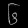
Digit: ၆